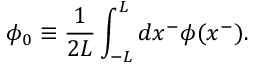
\phi _ { 0 } \equiv \frac { 1 } { 2 L } \int _ { - L } ^ { L } d x ^ { - } \phi ( x ^ { - } ) .